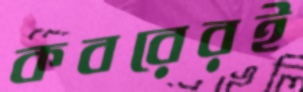
কবরেরই